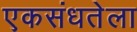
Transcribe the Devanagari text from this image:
एकसंधतेला